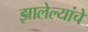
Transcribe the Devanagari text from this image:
झालेल्यांचे